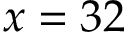
x = 3 2